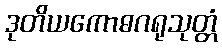
ဒုတိယကောဓဂရုသုတ္တံ